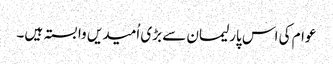
عوام کی اس پارلیمان سے بڑی اُمیدیں وابستہ ہیں۔